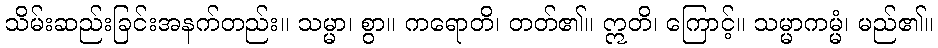
သိမ်းဆည်းခြင်းအနက်တည်း။ သမ္မာ၊ စွာ။ ကရောတိ၊ တတ်၏။ ဣတိ၊ ကြောင့်။ သမ္မာကမ္မံ၊ မည်၏။